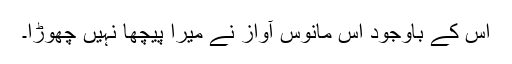
اس کے باوجود اس مانوس آواز نے میرا پیچھا نہیں چھوڑا۔